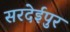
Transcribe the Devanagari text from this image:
सरदेईपुर